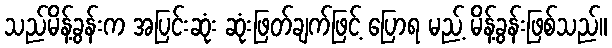
သည်မိန့်ခွန်းက အပြင်းဆုံး ဆုံးဖြတ်ချက်ဖြင့် ပြောရ မည့် မိန့်ခွန်းဖြစ်သည်။